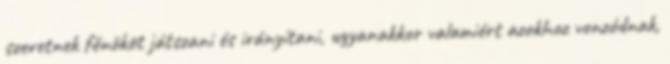
szeretnek főnököt játszani és irányítani, ugyanakkor valamiért azokhoz vonzódnak,